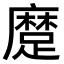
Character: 𨄬